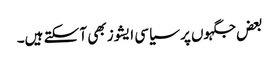
بعض جگہوں پر سیاسی ایشوز بھی آ سکتے ہیں۔